Vaccination in Burma 1920-1933 - 1920-1933
Year: 1920
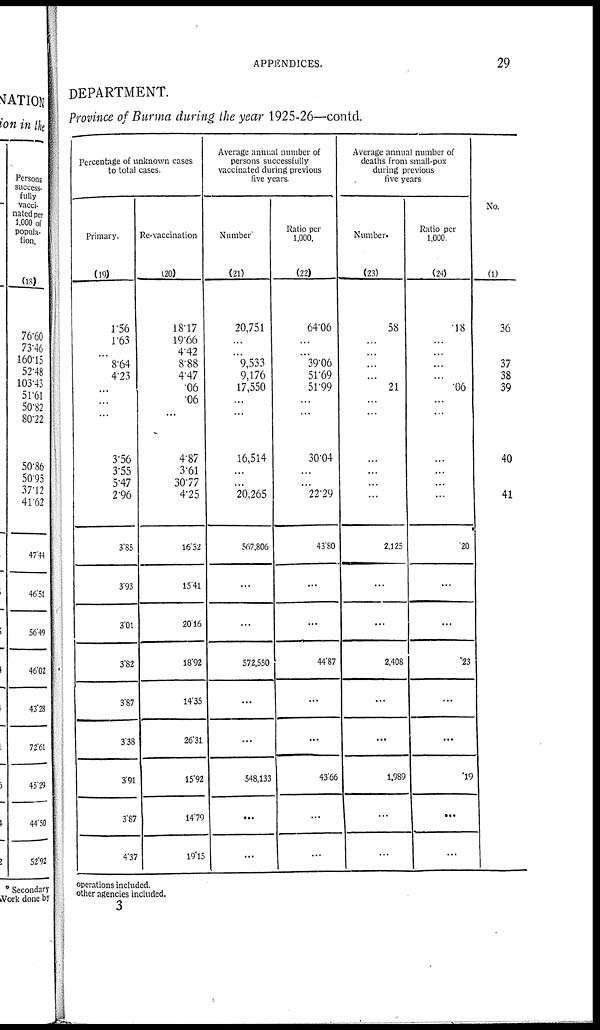
APPENDICES.
29
DEPARTMENT.
Province of Burma during the year 1925-26—contd.
Percentage of unknown cases
to total cases.
Primary.
(19)
1.56
163
...
8.64
4.23
...
...
...
3.56
3.55
5.47
2.96
3.85
3.93
3.01
3.82
3.87
3.38
3.91
3.87
4.37
Re-vaccination
(20)
18.17
19.66
4.42
8.88
4.47
.06
.06
...
4.87
3.61
30.77
4.25
16.52
15.41
20.16
18.92
14.38
26.31
15.92
14.79
19.15
Average annual number of
persons successfully
vaccinated during previous
five years
Number
(21)
20,751
...
...
9,533
9,176
17,550
...
......
16,514
...
...
20,265
567,806
...
...
572,550
...
...
548,133
...
...
Ratio per
1,000.
(22)
64.06
...
...
39.06
51.69
51.99
...
...
30.04
...
...
22.29
43.80
...
...
44.87
...
...
43.66
...
...
Average annual number of
deaths from small-pox
during previous
five years
Number.
(23)
58
...
...
...
...
21
...
...
...
...
...
...
2,125
...
...
2,408
...
...
1,989
...
...
Ratio per
1,000
(24)
.18
...
...
...
...
.06
...
...
...
...
...
...
.20
...
...
.23
...
...
.19
...
...
No.
(1)
36
37
38
39
40
41
operations included.
other agencies included.
3